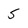
Character: 5